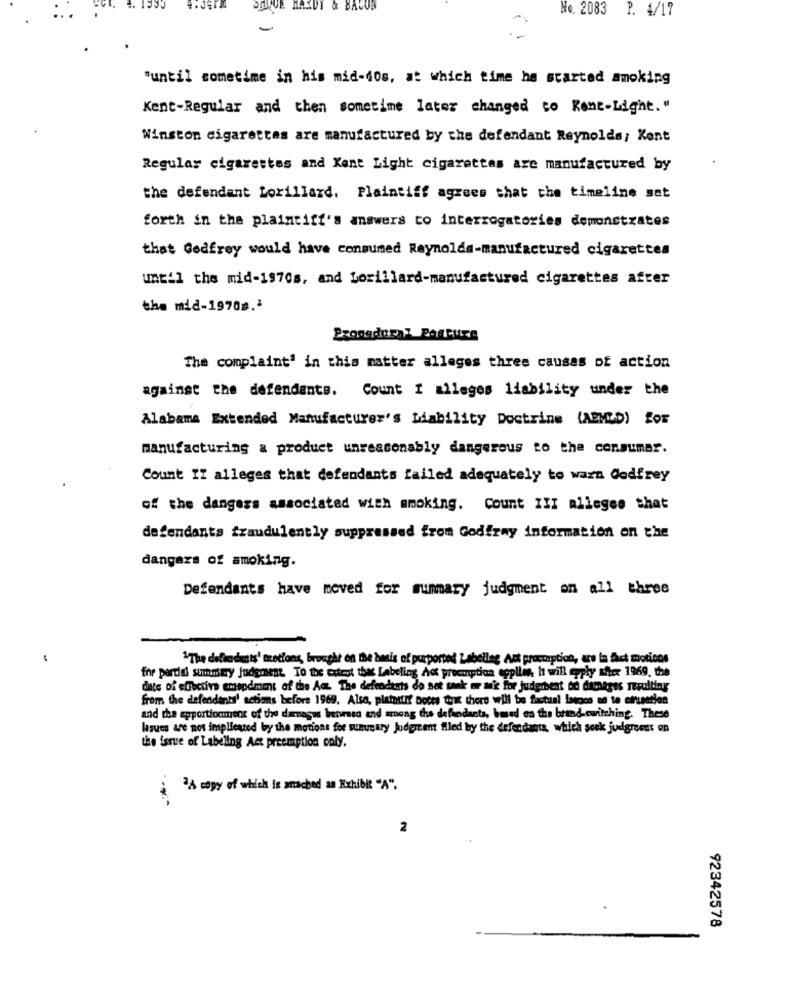
MAXUT & BACON
No. 2083 P. 4/17
"until sometime in his mid-40s, at which time he started smoking
Kent-Regular and then sometime later changed to Rent-Light."
Winston cigarettes are manufactured by the defendant Reynolds; Kent
Regular cigarettes and Kent Light cigarettes are manufactured by
the defendant Lorillard. Plaintiff agrees that the timeline set
forth in the plaintiff's answers to interrogatories demonstrates
that Godfrey would have consumed Reynolds-manufactured cigarettes
until the mid-1970s, and Lorillard-manufactured cigarettes after
the mid-19708.ª
Procedural Posture
The complaint' in this matter alleges three causes of action
Count I alleges liability under the
against the defendants.
Alabama Extended Manufacturer's Liability Doctrine (AMED) for
manufacturing a product unreasonably dangerous to the consumer.
Count IT alleges that defendants failed adequately to warn Godfrey
of the dangers associated with mmoking. Count III alleges that
defendants fraudulently suppressed from Godfray information on the
dangers of smoking.
Defendants have moved for summary judgment on all three
"The defmodists' tretions, brought on the basis of purported Labellag Act proccaption, are In fact motions
fre portal summary judgment. To the Extent thes Labeling Act preemption eppllis, h will apply Mer 1969. the
date of effective emspdment af the Aa The defendants do not sank = = 'e for judgibent be damages resulting
from the defendanty' actions before 1969. Also, platosun' Dotes tik there will be factual lacoco on to afunction
and the apportionment of the damages beivraso and among the defendants, based on the brand-switching. These
lasues are not implfested by the motions for summary Judgment filed by the defendants, which seek judgroent on
the issue of Labelling Act preemption only.
2A copy of which is amched an Exhibit "A".
2
92342578